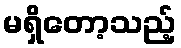
မရှိတော့သည့်